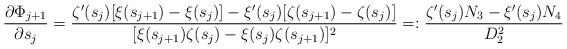
LaTeX: \begin{align*}\frac{\partial \Phi_{j+1}}{\partial s_j} = \frac{\zeta'(s_j)[\xi(s_{j+1})-\xi(s_{j})]-\xi'(s_j)[\zeta(s_{j+1})-\zeta(s_{j})]}{[\xi(s_{j+1})\zeta(s_{j})-\xi(s_{j})\zeta(s_{j+1})]^2}=:\frac{\zeta'(s_j)N_3-\xi'(s_j)N_4}{D_2^2}\end{align*}